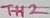
Text: TH2